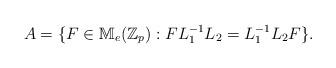
LaTeX: \begin{align*}A & = \{ F\in \mathbb{M}_e(\mathbb{Z}_p) : FL_1^{-1} L_2=L_1^{-1} L_2F \}.\end{align*}